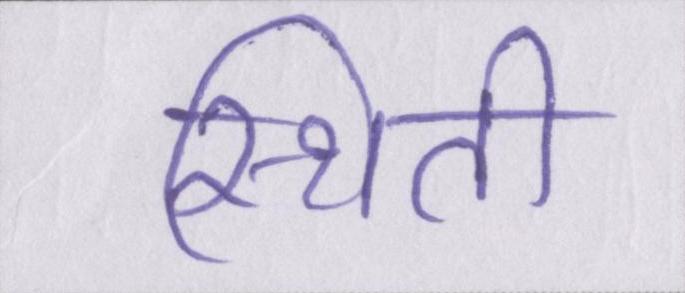
स्थिती